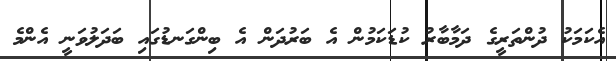
އެކަމަކު ދުންތަރީގެ ދަމާބާރު ކުޑަކަމުން އެ ބަރުދަން އެ ބިންގަނޑުގައި ބަދަލުވަނީ އެންމެ